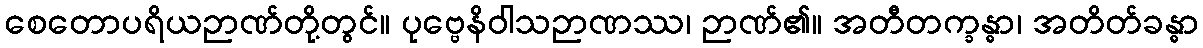
စေတောပရိယဉာဏ်တို့တွင်။ ပုဗ္ဗေနိဝါသဉာဏဿ၊ ဉာဏ်၏။ အတီတက္ခန္ဓာ၊ အတိတ်ခန္ဓာ